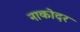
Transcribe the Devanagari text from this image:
नाकोदर